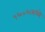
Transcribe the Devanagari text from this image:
१६०६मध्ये